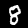
Digit: 8